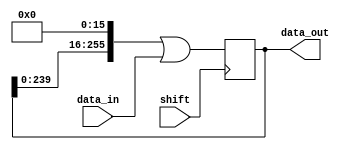

module shift_register_generic
#(
    parameter DATA_INPUT_WIDTH = 16,
    parameter DATA_OUTPUT_WIDTH = 256
)(
    input [DATA_INPUT_WIDTH-1:0] data_in,
    input shift,
    output [DATA_OUTPUT_WIDTH-1:0] data_out
    );
    reg [DATA_OUTPUT_WIDTH-1:0] r_data_out = 0;
    assign data_out = r_data_out;
    always @(posedge shift)
    begin
        r_data_out <= (r_data_out << DATA_INPUT_WIDTH) | data_in;
    end
endmodule